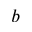
b